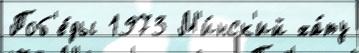
Поб'е́ды 1973 М'и́нск'ий ха́ту